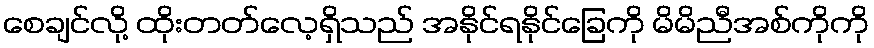
စေချင်လို့ ထိုးတတ်လေ့ရှိသည် အနိုင်ရနိုင်ခြေကို မိမိညီအစ်ကိုကို